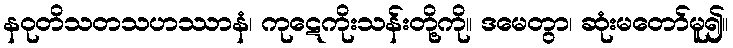
နဝုတိသတသဟဿာနံ၊ ကုဋေကိုးသန်းတို့ကို။ ဒမေတွာ၊ ဆုံးမတော်မူ၍။